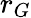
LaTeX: r_{G}